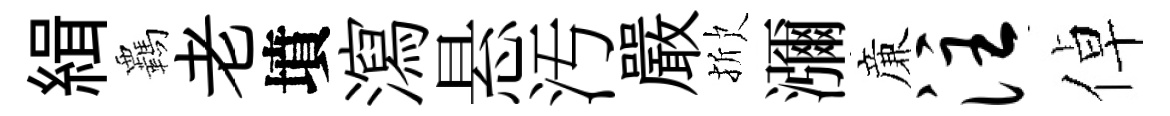
緝覊老墳瀉悬汚嚴掀瀰亷注倬